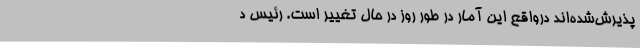
پذیرش‌شده‌اند درواقع این آمار در طور روز در حال تغییر است. رئیس د